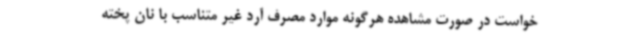
خواست در صورت مشاهده هرگونه موارد مصرف آرد غیر متناسب با نان پخته